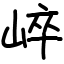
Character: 崪